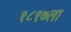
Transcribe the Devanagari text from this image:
१८१७ला